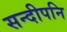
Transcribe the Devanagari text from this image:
सन्‍दीपनि